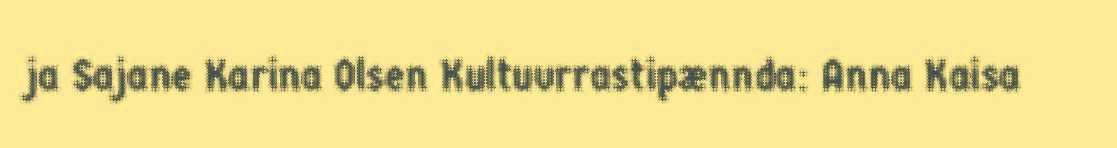
ja Sajane Karina Olsen Kultuvrrastipænnda: Anna Kaisa